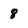
Character: 8